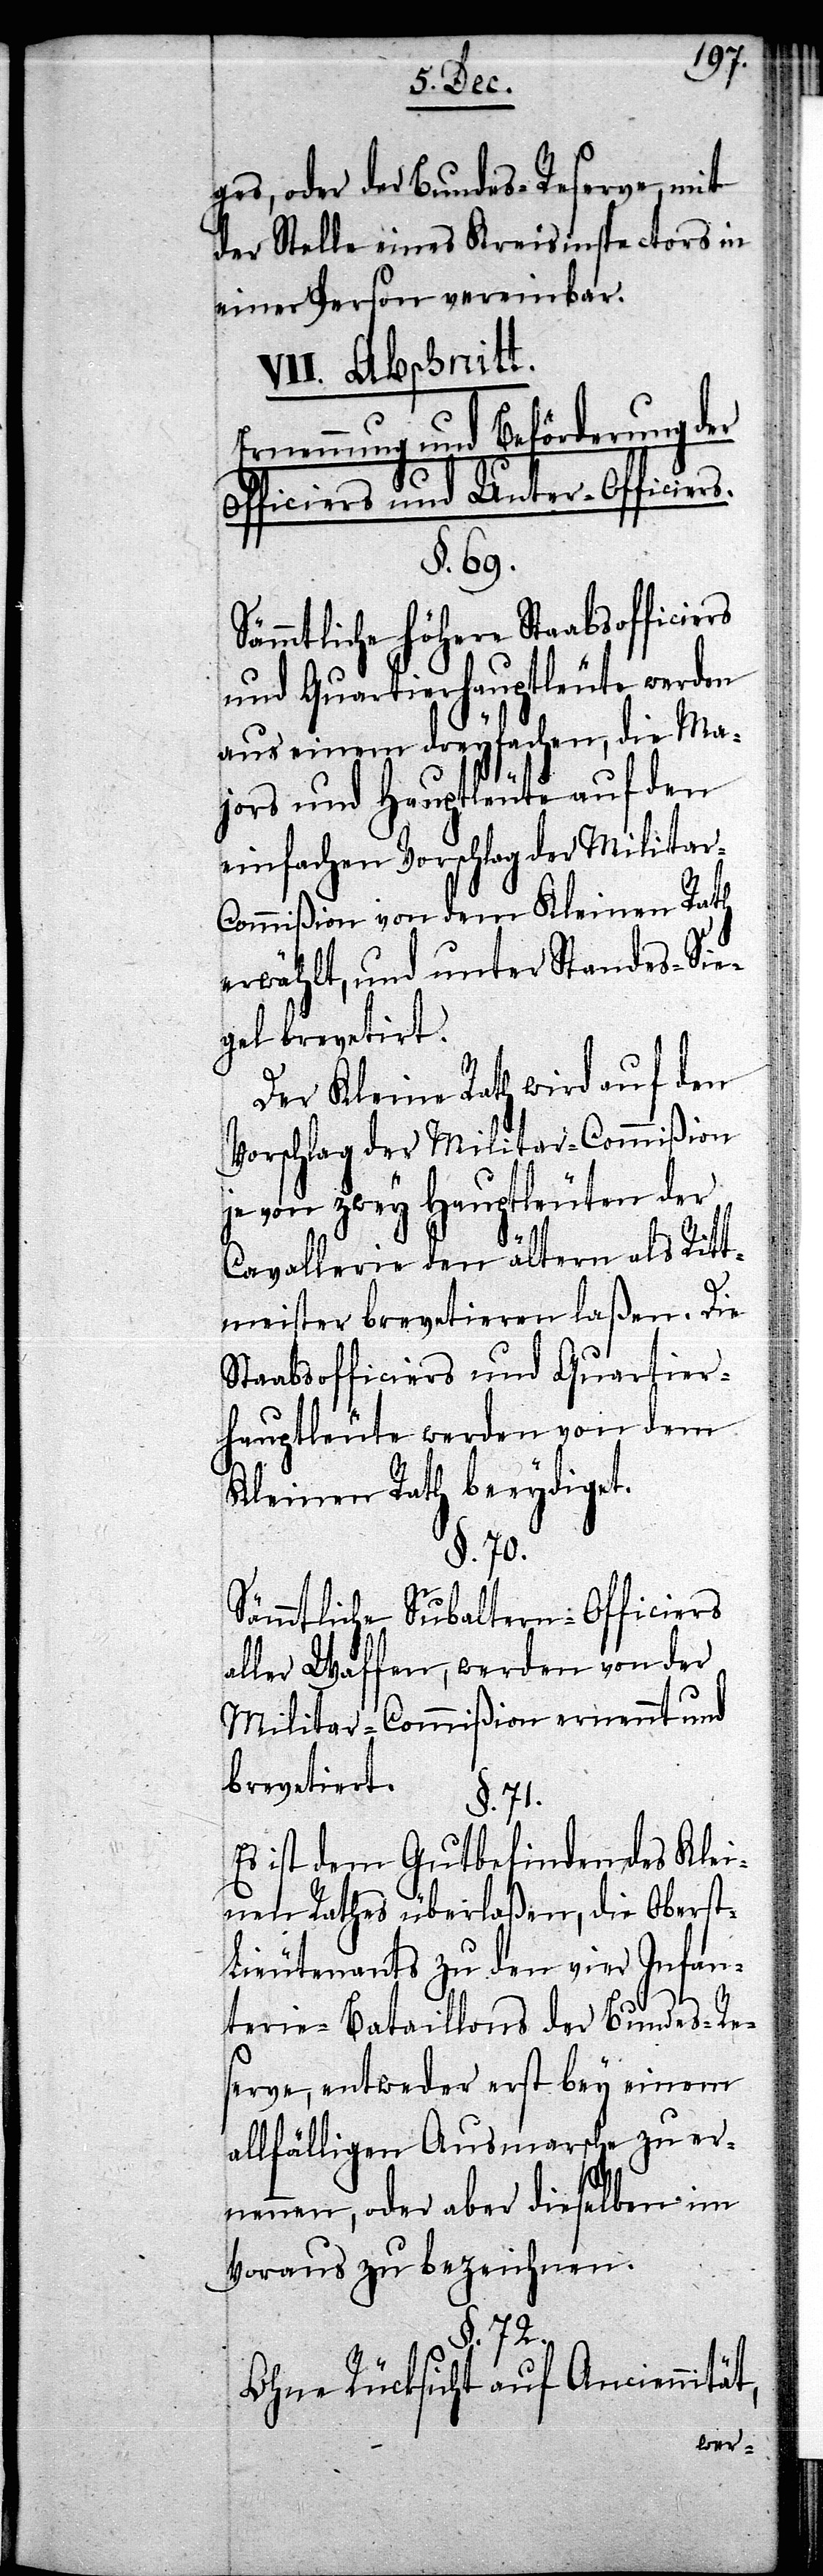
ges, oder der Bundes-Reserve, mit
der Stelle eines Kreisinspectors in
einer Person vereinbar.
VII. Abschnitt.
Ernennung und Beförderung der
Officiers und Unter-Officiers.
§. 69.
Sämmtliche höhere Staabsoffici¬
und Quartierhauptleute werden
aus einem dreyfachen, die Ma¬
jors und Hauptleute auf den
einfachen Vorschlag der Militar-C¬
ommißion von dem Kleinen Rath
erwählt, und unter Standes-Sie¬
gel brevetirt.
Der Kleine Rath wird auf den
Vorschlag der Militar-Commißion
je von zwey Hauptleuten der
Cavallerie den ältern als Ritt¬
meister brevetieren laßen. Die
Staabsofficiers und Quartier¬
hauptleute werden von dem
Kleinen Rath beeydiget.
§. 70.
Sämmtliche Subaltern-Officiers
aller Waffen, werden von der
Militar-Commißion ernennt und
brevetiert.
§. 71.
Es ist dem Gutbefinden des Klei¬
nen Rathes überlaßen, die Oberst-L¬
ieutenants zu den vier Infan¬
terie-Bataillons der Bundes-Re¬
serve, entweder erst bey einem
allfälligen Ausmarsche zu er¬
nennen, oder aber dieselben im
Voraus zu bezeichnen.
§. 72.
Ohne Rücksicht auf Anciennität,
ers